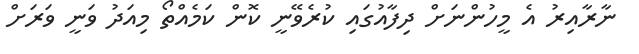
ނާރާއިރު އެ މީހުންނަށް ދިފާއުގައި ކުރެވޭނީ ކޮން ކަމެއްތޯ މިއަދު ވަނީ ވަރަށް